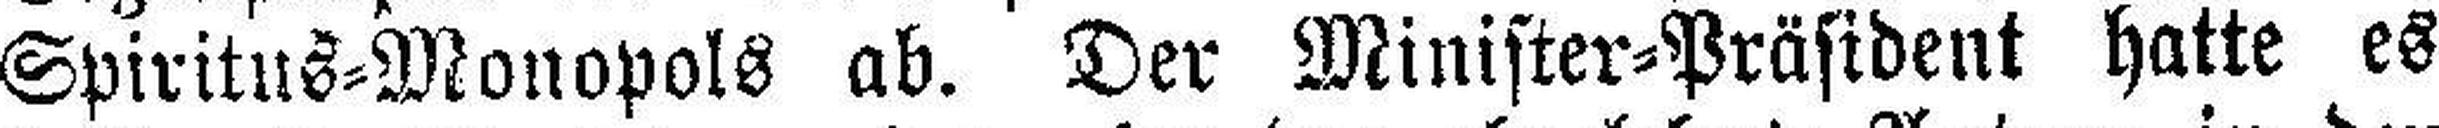
Spiritus=Monopols ab. Der Minister=Präsident hatte es